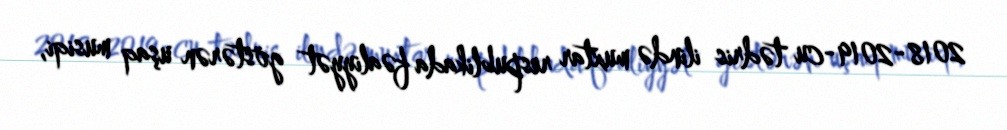
2018-2019-cu tədris ilində muxtar respublikada fəaliyyət göstərən uşaq musiqi,